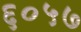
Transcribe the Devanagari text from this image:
६०५७